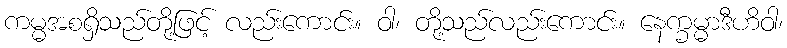
ကမ္မအစရှိသည်တို့ဖြင့် လည်းကောင်း။ ဝါ၊ တို့သည်လည်းကောင်း။ နေက္ခမ္မာဒီဟိဝါ၊